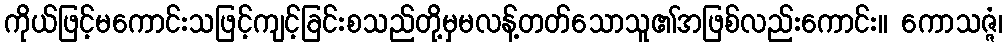
ကိုယ်ဖြင့်မကောင်းသဖြင့်ကျင့်ခြင်းစသည်တို့မှမလန့်တတ်သောသူ၏အဖြစ်လည်းကောင်း။ ကောသဇ္ဇံ၊